Report of the Bombay Veterinary College
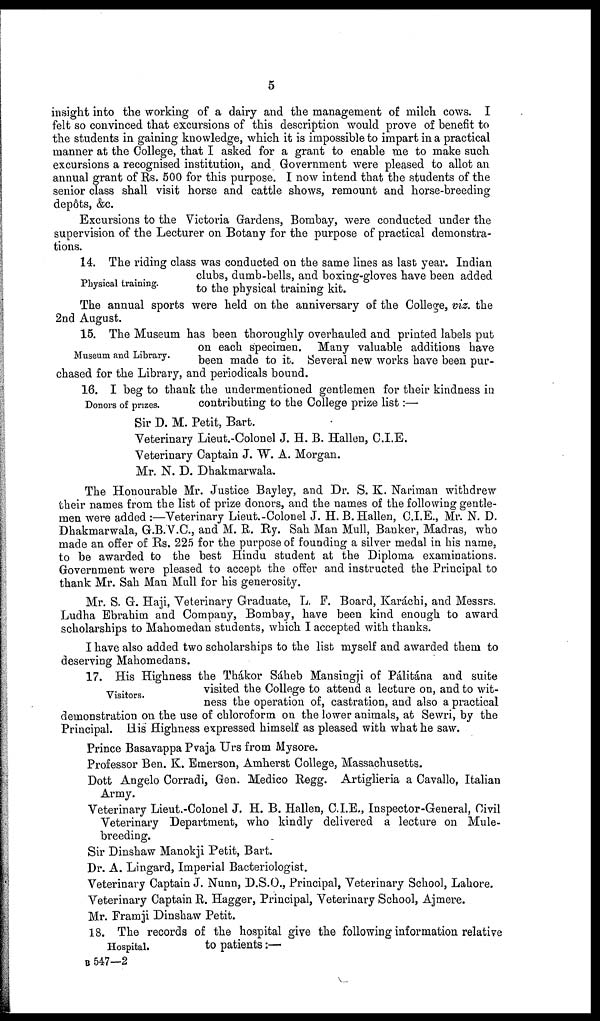
5
insight into the working of a dairy and the management of milch cows. I
felt so convinced that excursions of this description would prove of benefit to
the students in gaining knowledge, which it is impossible to impart in a practical
manner at the College, that I asked for a grant to enable me to make such
excursions a recognised institution, and Government were pleased to allot an
annual grant of Rs. 500 for this purpose. I now intend that the students of the
senior class shall visit horse and cattle shows, remount and horse-breeding
depôts, &c.
Excursions to the Victoria Gardens, Bombay, were conducted under the
supervision of the Lecturer on Botany for the purpose of practical demonstra-
tions.
Physical training.
14. The riding class was conducted on the same lines as last year. Indian
clubs, dumb-bells, and boxing-gloves have been added
to the physical training kit.
The annual sports were held on the anniversary of the College, viz. the
2nd August.
Museum and Library.
15. The Museum has been thoroughly overhauled and printed labels put
on each specimen. Many valuable additions have
been made to it. Several new works have been pur-
chased for the Library, and periodicals bound.
Donors of prizes.
16. I beg to thank the undermentioned gentlemen for their kindness in
contributing to the College prize list:—
Sir D. M. Petit, Bart.
Veterinary Lieut.-Colonel J. H. B. Hallen, C.I.E.
Veterinary Captain J. W. A. Morgan.
Mr. N. D. Dhakmarwala.
The Honourable Mr. Justice Bayley, and Dr. S. K. Nariman withdrew
their names from the list of prize donors, and the names of the following gentle-
men were added :—Veterinary Lieut.-Colonel J. H. B. Hallen, C.I.E., Mr. N. D.
Dhakmarwala, G.B.V.C., and M. R. Ry. Sah Man Mull, Banker, Madras, who
made an offer of Rs. 225 for the purpose of founding a silver medal in his name,
to be awarded to the best Hindu student at the Diploma examinations.
Government were pleased to accept the offer and instructed the Principal to
thank Mr. Sah Man Mull for his generosity.
Mr. S. G. Haji, Veterinary Graduate, L. F. Board, Karáchi, and Messrs.
Ludha Ebrahim and Company, Bombay, have been kind enough to award
scholarships to Mahomedan students, which I accepted with thanks.
I have also added two scholarships to the list myself and awarded them to
deserving Mahomedans.
Visitors.
17. His Highness the Thákor Sáheb Mansingji of Pálitána and suite
visited the College to attend a lecture on, and to wit-
ness the operation of, castration, and also a practical
demonstration on the use of chloroform on the lower animals, at Sewri, by the
Principal. His Highness expressed himself as pleased with what he saw.
Prince Basavappa Pvaja Urs from Mysore.
Professor Ben. K. Emerson, Amherst College, Massachusetts.
Dott Angelo Corradi, Gen. Medico Regg. Artiglieria a Cavallo, Italian
Army.
Veterinary Lieut.-Colonel J. H. B. Hallen, C.I.E., Inspector-General, Civil
Veterinary Department, who kindly delivered a lecture on Mule-
breeding.
Sir Dinshaw Manokji Petit, Bart.
Dr. A. Lingard, Imperial Bacteriologist.
Veterinary Captain J. Nunn, D.S.O., Principal, Veterinary School, Lahore.
Veterinary Captain R. Hagger, Principal, Veterinary School, Ajmere.
Mr. Framji Dinshaw Petit.
18. The records of the hospital give the following information relative
Hospital.
to patients:—
B 547—2